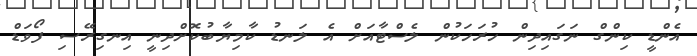
އެންޑީ ކިންގް ނަގައިދިން ހުރަހަކުން ލެސްޓާއަށް އެ ލަނޑު ކާމިޔާބުކޮށްދިނީ އިނގިރޭސި ފޯވަޑް